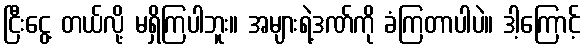
ငြီးငွေ့ တယ်လို့ မရှိကြပါဘူး။ အများရဲ့ဒဏ်ကို ခံကြတာပါပဲ။ ဒါ့ကြောင့်